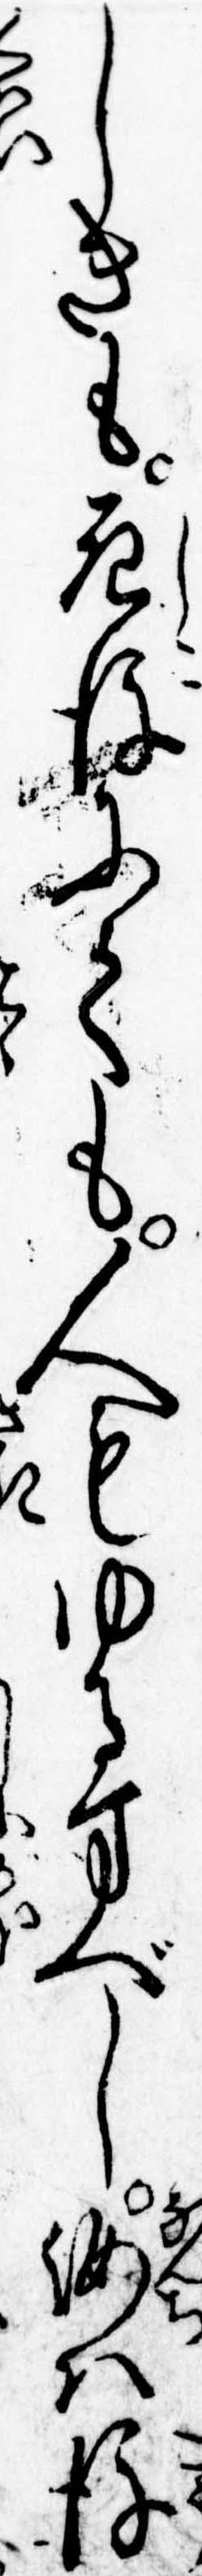
しきも死後にても人もゆるすべし汝は後